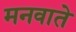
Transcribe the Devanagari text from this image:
मनवाते